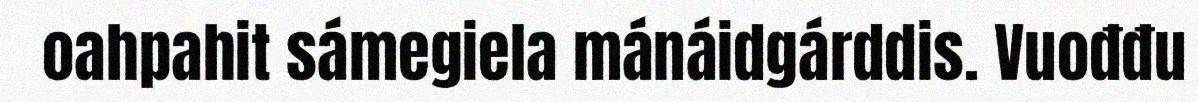
oahpahit sámegiela mánáidgárddis. Vuođđu